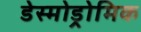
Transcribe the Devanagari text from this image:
डेस्मोड्रोमिक